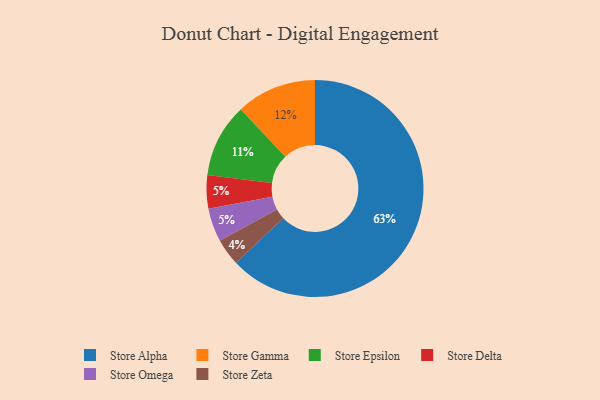
{"axis": {"x": "Category", "y": "Percentage"}, "legend": ["Store Alpha", "Store Delta", "Store Epsilon", "Store Gamma", "Store Omega", "Store Zeta"], "data": [{"x": "Store Alpha", "y": 63, "type": "Store Alpha"}, {"x": "Store Zeta", "y": 4, "type": "Store Zeta"}, {"x": "Store Delta", "y": 5, "type": "Store Delta"}, {"x": "Store Omega", "y": 5, "type": "Store Omega"}, {"x": "Store Gamma", "y": 12, "type": "Store Gamma"}, {"x": "Store Epsilon", "y": 11, "type": "Store Epsilon"}]}